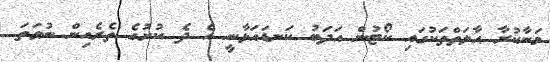
މަނާކުރާ ޙާލަތްތަކުގައި ކޯޓުން އަދަބު ކަނޑައަޅާނީ އެ ދެ ކުށުގެ ތެރެއިން ނުވަތަ